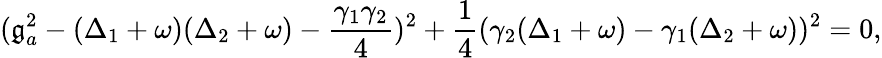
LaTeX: (\mathfrak{g}_{a}^{2}-(\Delta_{1}+\omega)(\Delta_{2}+\omega)-\frac{{\gamma_{1}\gamma_{2}}}{{4}})^{2}+\frac{{1}}{{4}}(\gamma_{2}(\Delta_{1}+\omega)-\gamma_{1}(\Delta_{2}+\omega))^{2}=0,